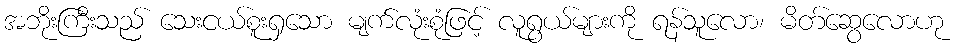
အဘိုးကြီးသည် သေးငယ်စူးရှသော မျက်လုံးစုံဖြင့် လူရွယ်များကို ရန်သူလော၊ မိတ်ဆွေလောဟု